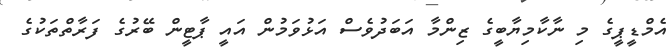
އެމްޑީޕީގެ މި ނާކާމިޔާބީގެ ޒިންމާ އަބަދުވެސް އަޅުވަމުން އައީ ޕާޓީން ބޭރުގެ ފަރާތްތަކުގެ